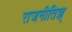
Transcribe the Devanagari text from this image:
राजनीतिज्ञ्